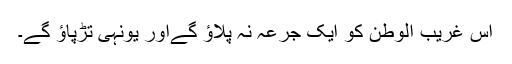
اس غریب الوطن کو ایک جُرعہ نہ پلاؤ گےاور یونہی تڑپاؤ گے۔